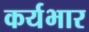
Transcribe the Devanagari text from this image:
कर्यभार